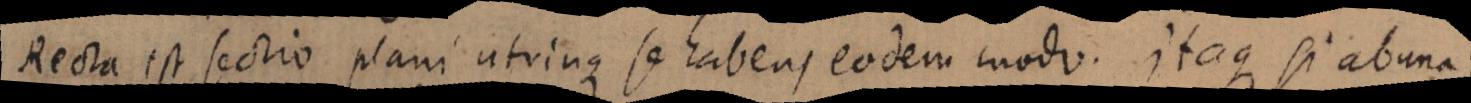
Recta est sectio plani utrinque se habens eodem modo. Itaque si abuna